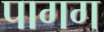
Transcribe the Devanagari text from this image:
पागग